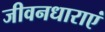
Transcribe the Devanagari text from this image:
जीवनधाराएं